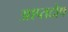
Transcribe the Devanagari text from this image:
आप्तदोष